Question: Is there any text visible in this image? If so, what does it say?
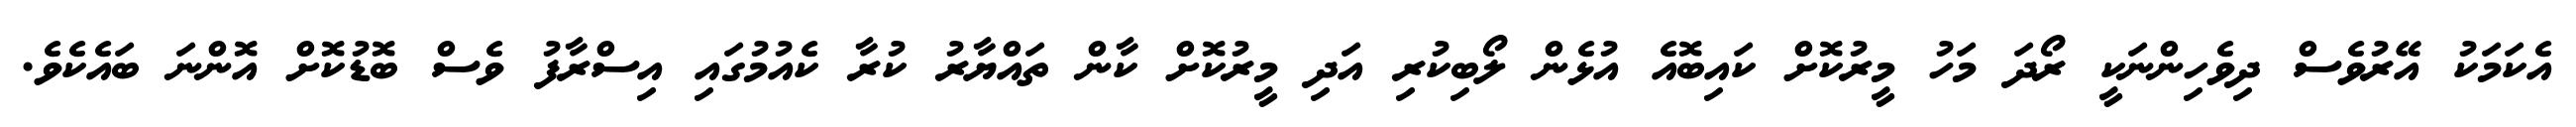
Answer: އެކަމަކު އޭރުވެސް ދިވެހިންނަކީ ރޯދަ މަހު މީރުކޮށް ކައިބޮއެ އުޅެން ލޯބިކުރި އަދި މީރުކޮށް ކާން ތައްޔާރު ކުރާ ކެއުމުގައި އިސްރާފު ވެސް ބޮޑުކޮށް އޮންނަ ބައެކެވެ.